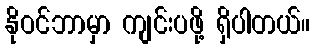
နိုဝင်ဘာမှာ ကျင်းပဖို့ ရှိပါတယ်။